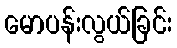
မောပန်းလွယ်ခြင်း